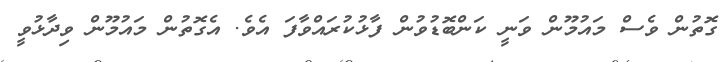
ގޮތުން ވެސް މައުމޫން ވަނީ ކަންބޮޑުވުން ފާޅުކުރައްވާފަ އެވެ. އެގޮތުން މައުމޫން ވިދާޅުވީ